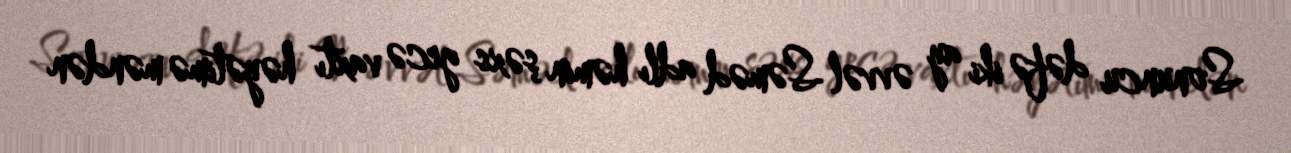
Sonuncu dəfə iki ay əvvəl Səməd adlı həmin şəxs gecə vaxtı həyətimə məndən